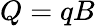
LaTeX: Q=qB